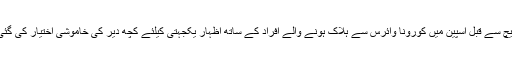
میچ سے قبل اسپین میں کورونا وائرس سے ہلاک ہونے والے افراد کے ساتھ اظہار یکجہتی کیلئے کچھ دیر کی خاموشی اختیار کی گئی۔